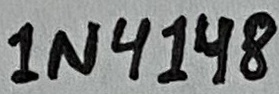
Text: 1N4148